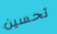
تحسين